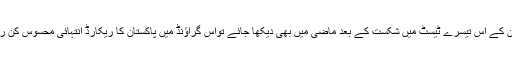
ایجبسٹن کے اس تیسرے ٹیسٹ میں شکست کے بعد ماضی میں بھی دیکھا جائے تواس گراؤنڈ میں پاکستان کا ریکارڈ انتہائی محسوس کن رہا ہے۔